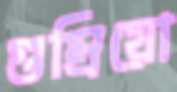
গুম্‌রিয়ো